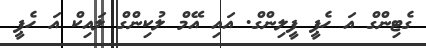
ގެޓިންގް އަ ހެޕީ ފީލިންގް. އައި އޭމް ލުކިންގް ލައިކް އަ ހެޕީ